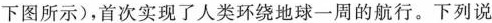
下图所示)，首次实现了人类环绕地球一周的航行。下列说